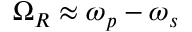
\Omega _ { R } \approx \omega _ { p } - \omega _ { s }